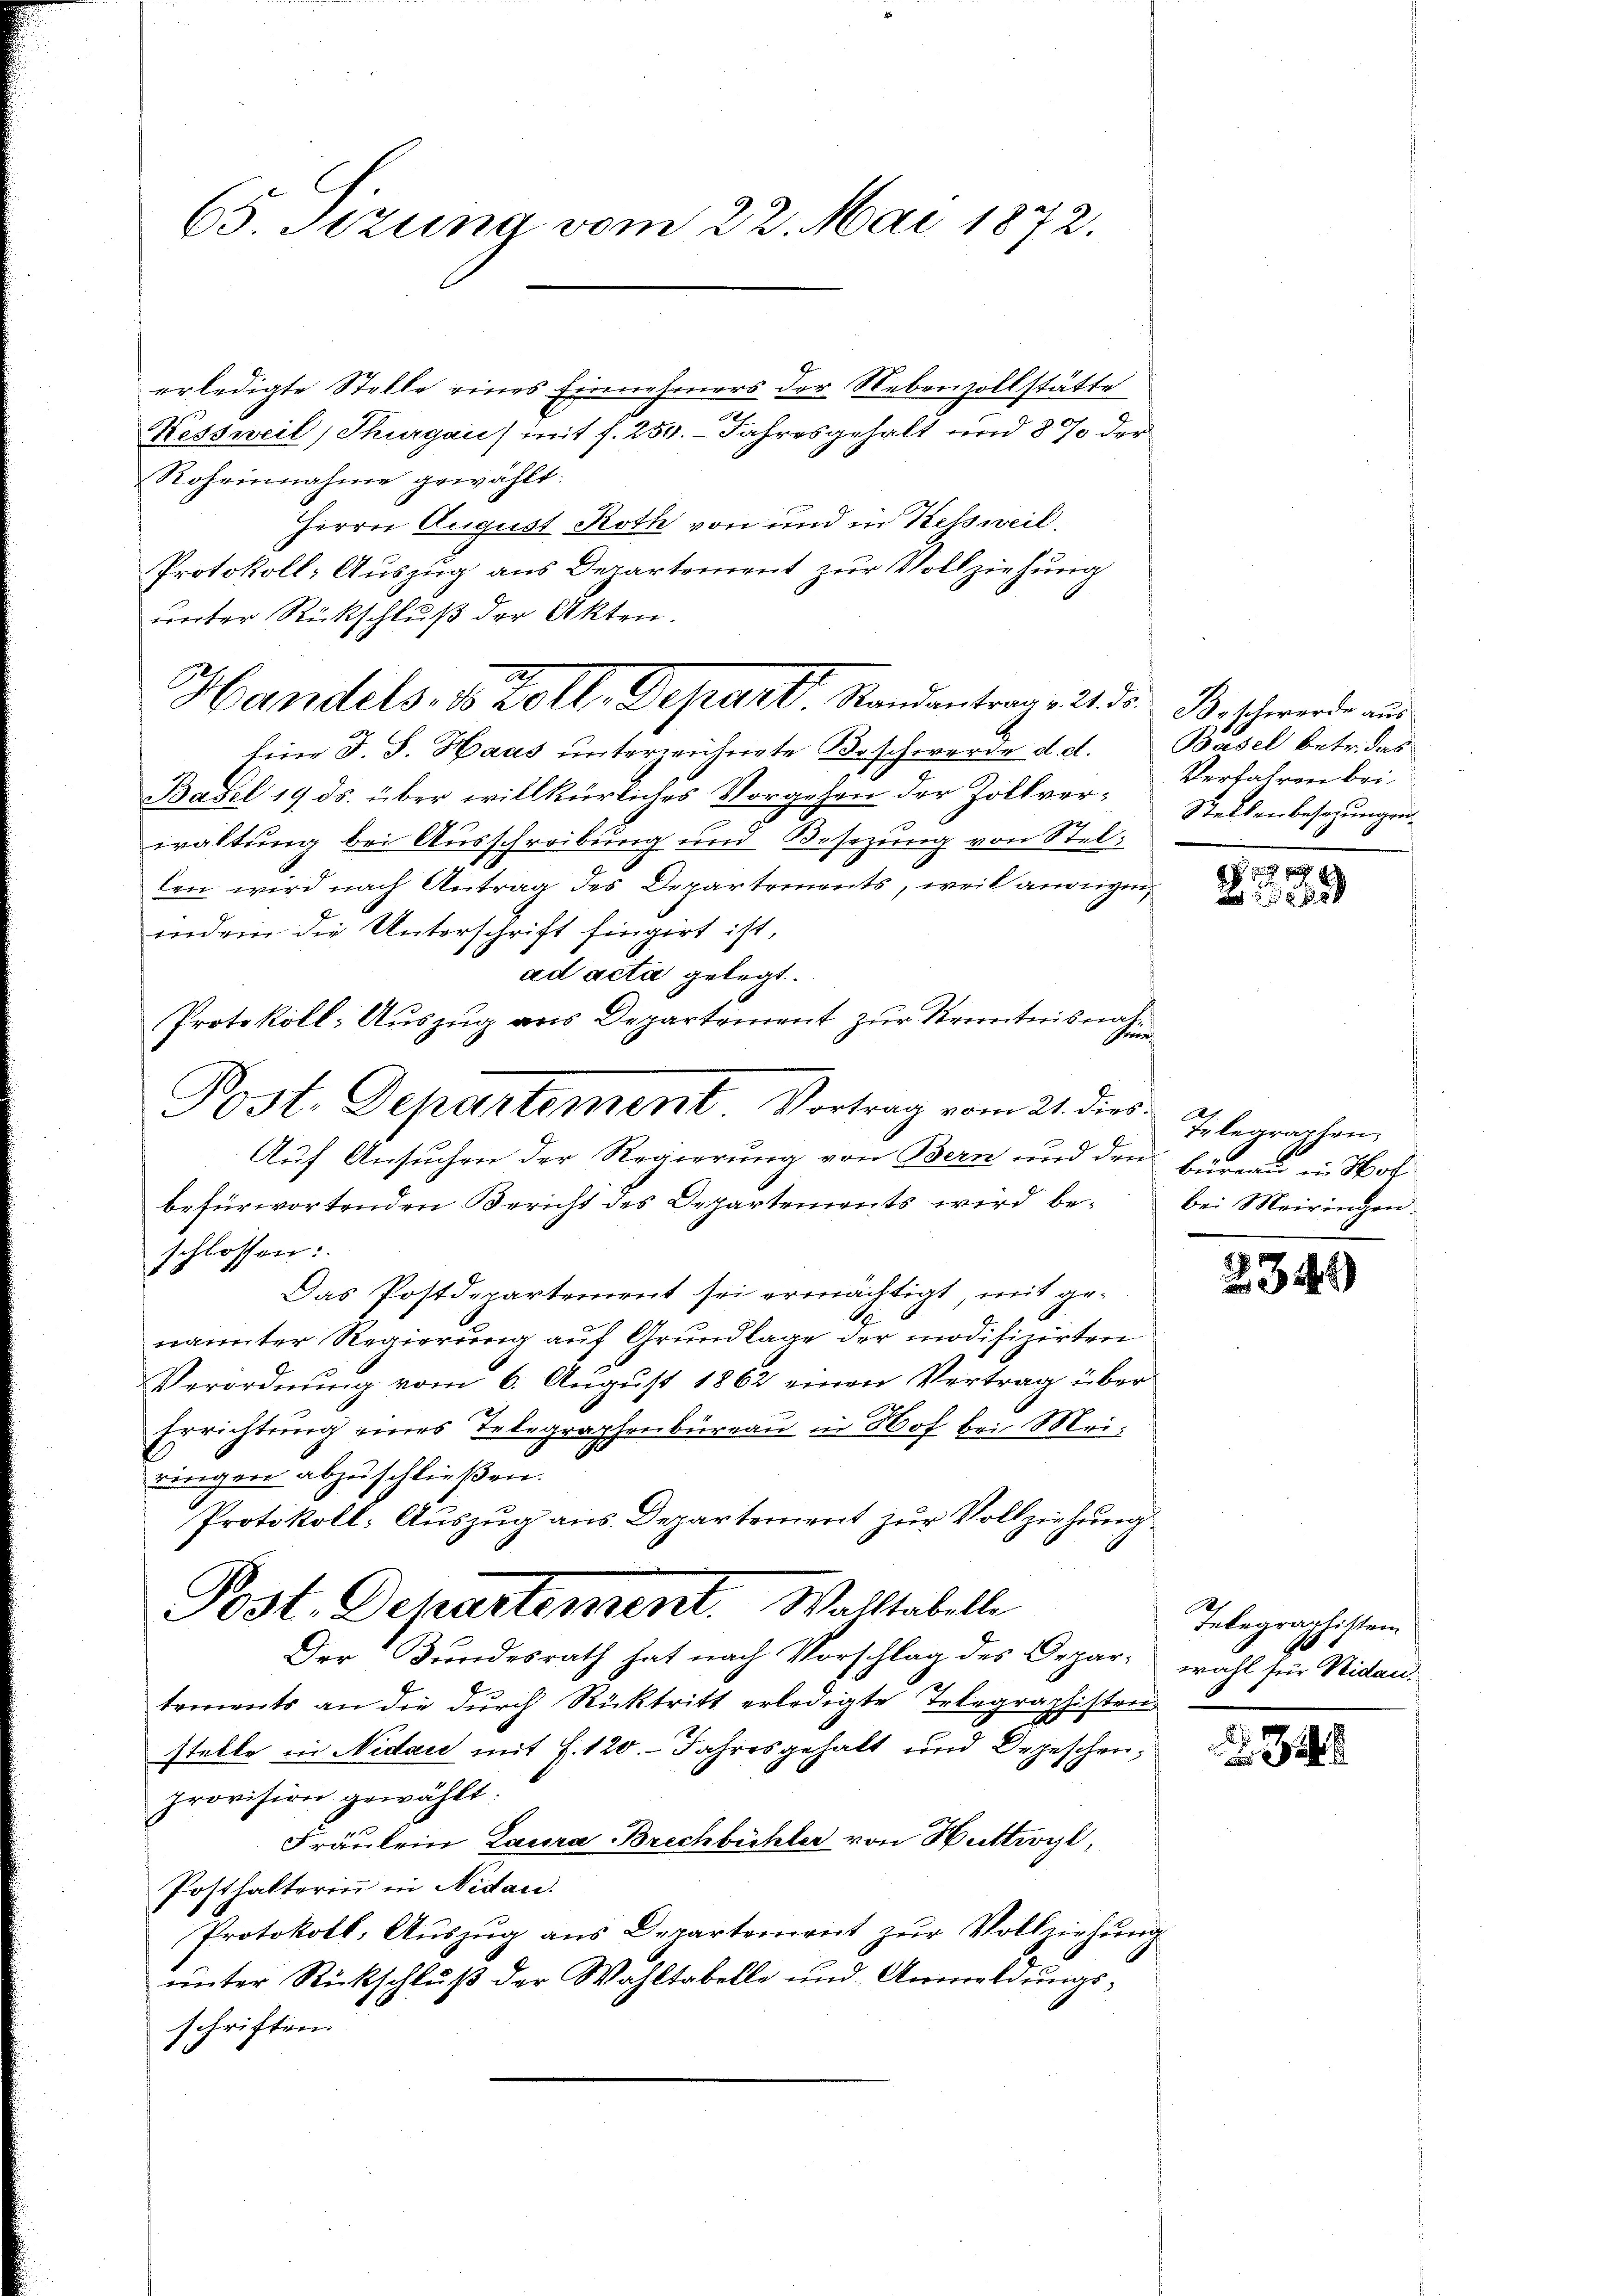
65. Sizung vom 22. Mai 1872.

erledigte Stelle eines Einnehmers der Nebenzollstätte
Nessweil, Thurgau) mit f. 250. Jahresgehalt und 8 % der
Roheinnahme gewählt:
Herrn August Roth von und in Kessweil.
Protokoll- Auszug aus Departement zur Vollziehung
unter Rückschluß der Akten.
feier J. J. Haas unterzeichnete Beschwerde d. d. Basel betr. das
Basel 19 ds. über willkürliches Vorgehen der Zollverwaltung bei Ausschreibung und Besezung von Stellen wird nach Antrag des Departements, weil angegen,
indem die Unterschrift fingirt ist,
ad acta gelegt.
Protokoll-Auszug aus Departement zur Kenntnis nat
Sch
befürwortenden Bericht des Departements wird beschlossen:
Das Postdepartement sei ermächtigt, mit genannter Regierung auf Grundlage der modifizirten
Verordnung vom 6. August 1862 einen Vertrag über
Errichtung eines Telegraphenbüreau in Hof bei Meiringen abzuschließen.
Protokoll: Auszug aus Departement zur Vollziehung
Post. Departement. Walltabelle
Der Bundesrath hat nach Vorschlag des Departements an die durch Rücktritt erledigte Telegraphisten
stelle in Nidau mit §. 120. Jahresgehalt und Orgeschen,
provision gewählt:
Fräulein Laura Brechbühler von Huttwyl,
Posthalterin in Nidau.
Protokoll, Aŭszŭg ans Departement zŭr Vollziehŭng
unter Rückschluß der Wahltabelle und Anmeldungsschriften

2
Handels- & Zoll, Depart. Randantrag , 21. ds. Beschwerde aus

Post. Departement Vortrag vom 21. dies
Auf Ansuchen der Regierung von Bern und den Büreau in Hof

Verfahren bei.
Stellenbesezungen.

x

Telegraphen,
bei Meiringen.

349)

Telegraphisten
wahl für Nidau.

34